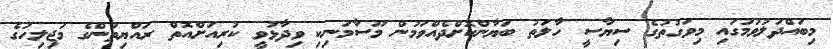
މިބައްދަލުވުމުގައި މިވަގުތުގެ ސިޔާސީ ހާލަތު ބަޔާންކޮށްދެއްވަމުން މޫސާމަނިކި ވިދާޅުވީ ކުރިއަށްއޮތް ރައްޔިތުންގެ މަޖިލިހުގެ